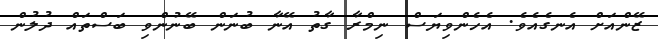
ޒޭންއަށް އެނގެއެވެ. އެހެންވިޔަސް ނިމްރާ ގާތު އޭނާ ބުނަން ބޭނުންވި ބަސްތައް ދުލުން